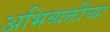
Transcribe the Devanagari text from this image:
अभिव्यक्तींच्या